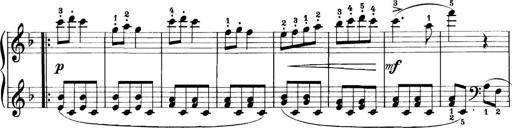
Title: 11 Sonatinas
Composer: Anton Diabelli